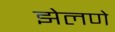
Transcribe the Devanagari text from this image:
झेलणे